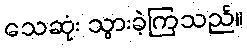
သေဆုံး သွားခဲ့ကြသည်။